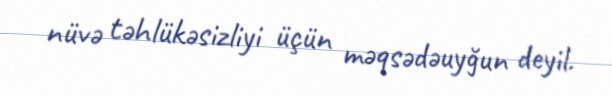
nüvə təhlükəsizliyi üçün məqsədəuyğun deyil.